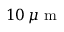
1 0 \, \mu \mathrm { ~ m ~ }